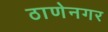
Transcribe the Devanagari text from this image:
ठाणेनगर